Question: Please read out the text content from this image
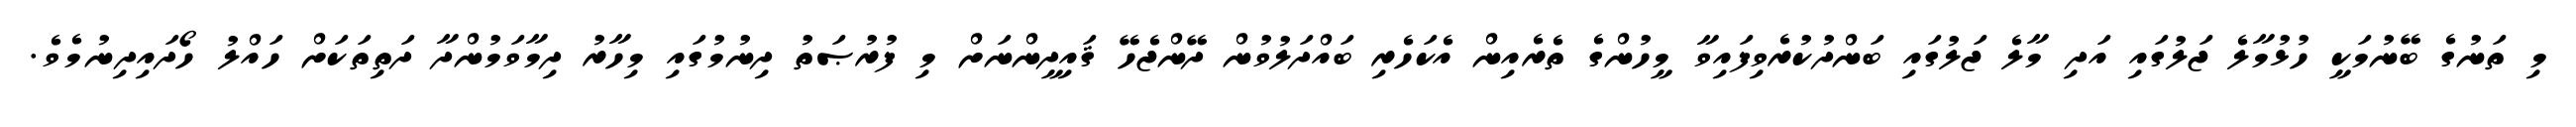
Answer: މި ތަނުގެ ބޭނުމަކީ ހުޅުމާލެ ޖަލުގައި އަދި މާލެ ޖަލުގައި ބަންދުކުރެވިފައިވާ މީހުންގެ ތެރެއިން އެކަހެރި ބައްދަލުވުން ދޭންޖެހޭ ޤައިދީންނަށް މި ފުރުޞަތު ދިނުމުގައި މިހާރު ދިމާވަމުންދާ ދަތިތަކަށް ހައްލު ހޯދައިދިނުމެވެ.